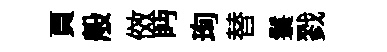
頁般傚眄珣替鬟戮